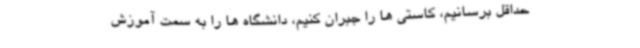
حداقل برسانیم، کاستی ها را جبران کنیم، دانشگاه ها را به سمت آموزش